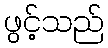
ဖွင့်သည်